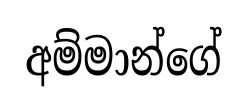
අම්මාන්ගේ